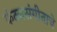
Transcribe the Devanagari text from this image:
कंठ्यसंगीताचे